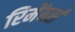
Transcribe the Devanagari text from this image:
रिमेंबर्स